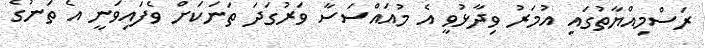
ރަސްމިއްޔާތުގައި އުމަރު ވިދާޅުވީ އެ މުއައްސަސާ ވަރުގަދަ ތަނަކަށް ވެފައިވަނީ އެ ތަނުގެ